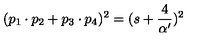
( p _ { 1 } \cdot p _ { 2 } + p _ { 3 } \cdot p _ { 4 } ) ^ { 2 } = ( s + \frac { 4 } { \alpha ^ { \prime } } ) ^ { 2 }